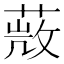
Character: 𦵨